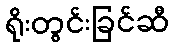
ရိုးတွင်းခြင်ဆီ